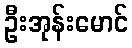
ဦးအုန်းမောင်